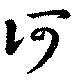
河